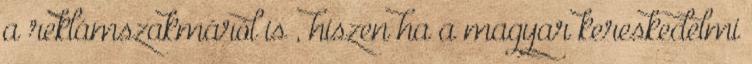
a reklámszakmáról is , hiszen ha a magyar kereskedelmi